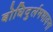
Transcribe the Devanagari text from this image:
बोधिदुर्लमभावना